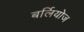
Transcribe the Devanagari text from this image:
बर्लियोज